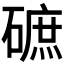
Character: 𱴰